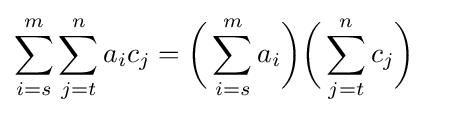
\sum _{i=s}^{m}\sum _{j=t}^{n}{a_{i}}{c_{j}}={\biggl (}\sum _{i=s}^{m}a_{i}{\biggr )}{\biggl (}\sum _{j=t}^{n}c_{j}{\biggr )}\quad